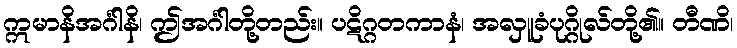
ဣမာနိအင်္ဂါနိ၊ ဤအင်္ဂါတို့တည်း။ ပဋိဂ္ဂတကာနံ၊ အလှူခံပုဂ္ဂိုလ်တို့၏။ တီဏိ၊